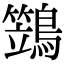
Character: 鷑